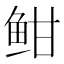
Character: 𫠐